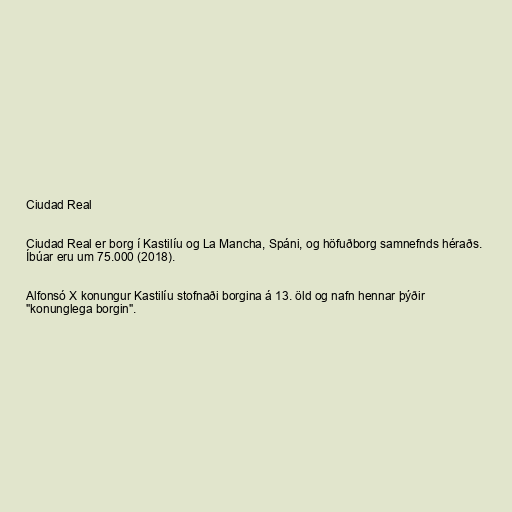
Ciudad Real

Ciudad Real er borg í Kastilíu og La Mancha, Spáni, og höfuðborg samnefnds héraðs.
Íbúar eru um 75.000 (2018).

Alfonsó X konungur Kastilíu stofnaði borgina á 13. öld og nafn hennar þýðir
"konunglega borgin".